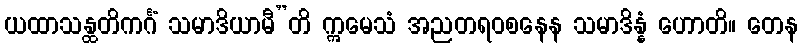
ယထာသန္ထတိကင်္ဂံ သမာဒိယာမီ”တိ ဣမေသံ အညတရဝစနေန သမာဒိန္နံ ဟောတိ။ တေန